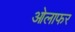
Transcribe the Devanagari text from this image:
ओलाफर